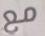
مع